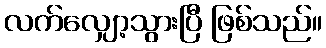
လက်လျှော့သွားပြီ ဖြစ်သည်။